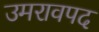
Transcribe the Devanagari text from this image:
उमरावपद